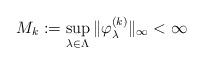
LaTeX: \begin{align*}M_k:=\sup_{\lambda\in\Lambda}\|\varphi_\lambda^{(k)}\|_\infty<\infty\end{align*}